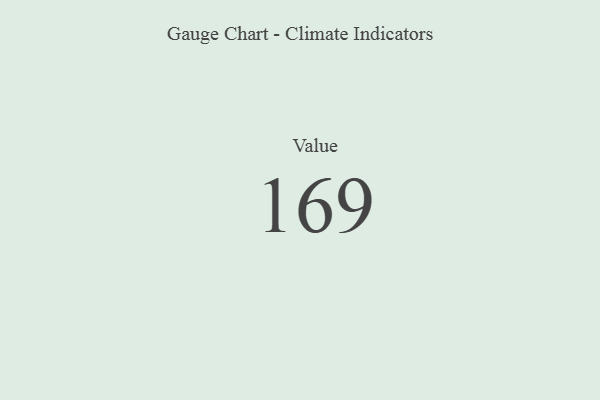
{"axis": {"x": "Metric", "y": "Value"}, "legend": [""], "data": [{"x": "Value", "y": 169, "type": ""}]}